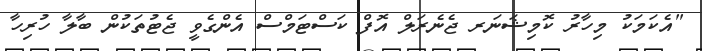
"އެކަމަކު މިހާރު ކޮމިޝަނަރ ޖެނެރަލް އޮފް ކަސްޓަމްސް އެންގެވީ ޖެޓުތަކުން ބާލާ ހުރިހާ